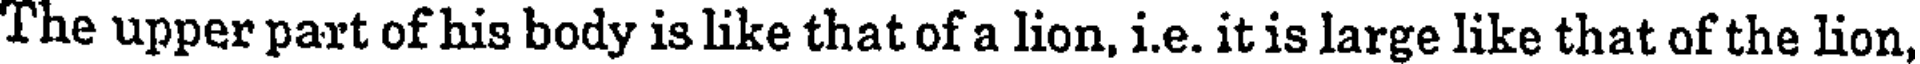
The upper part of his body is like that of a lion, i.e. it is large like that of the lion